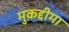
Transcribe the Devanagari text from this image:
मुक़द्दीमा